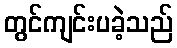
တွင်ကျင်းပခဲ့သည်